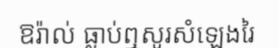
ឱរ៉ាល់ ធ្លាប់ឮសូរសំឡេងរៃ